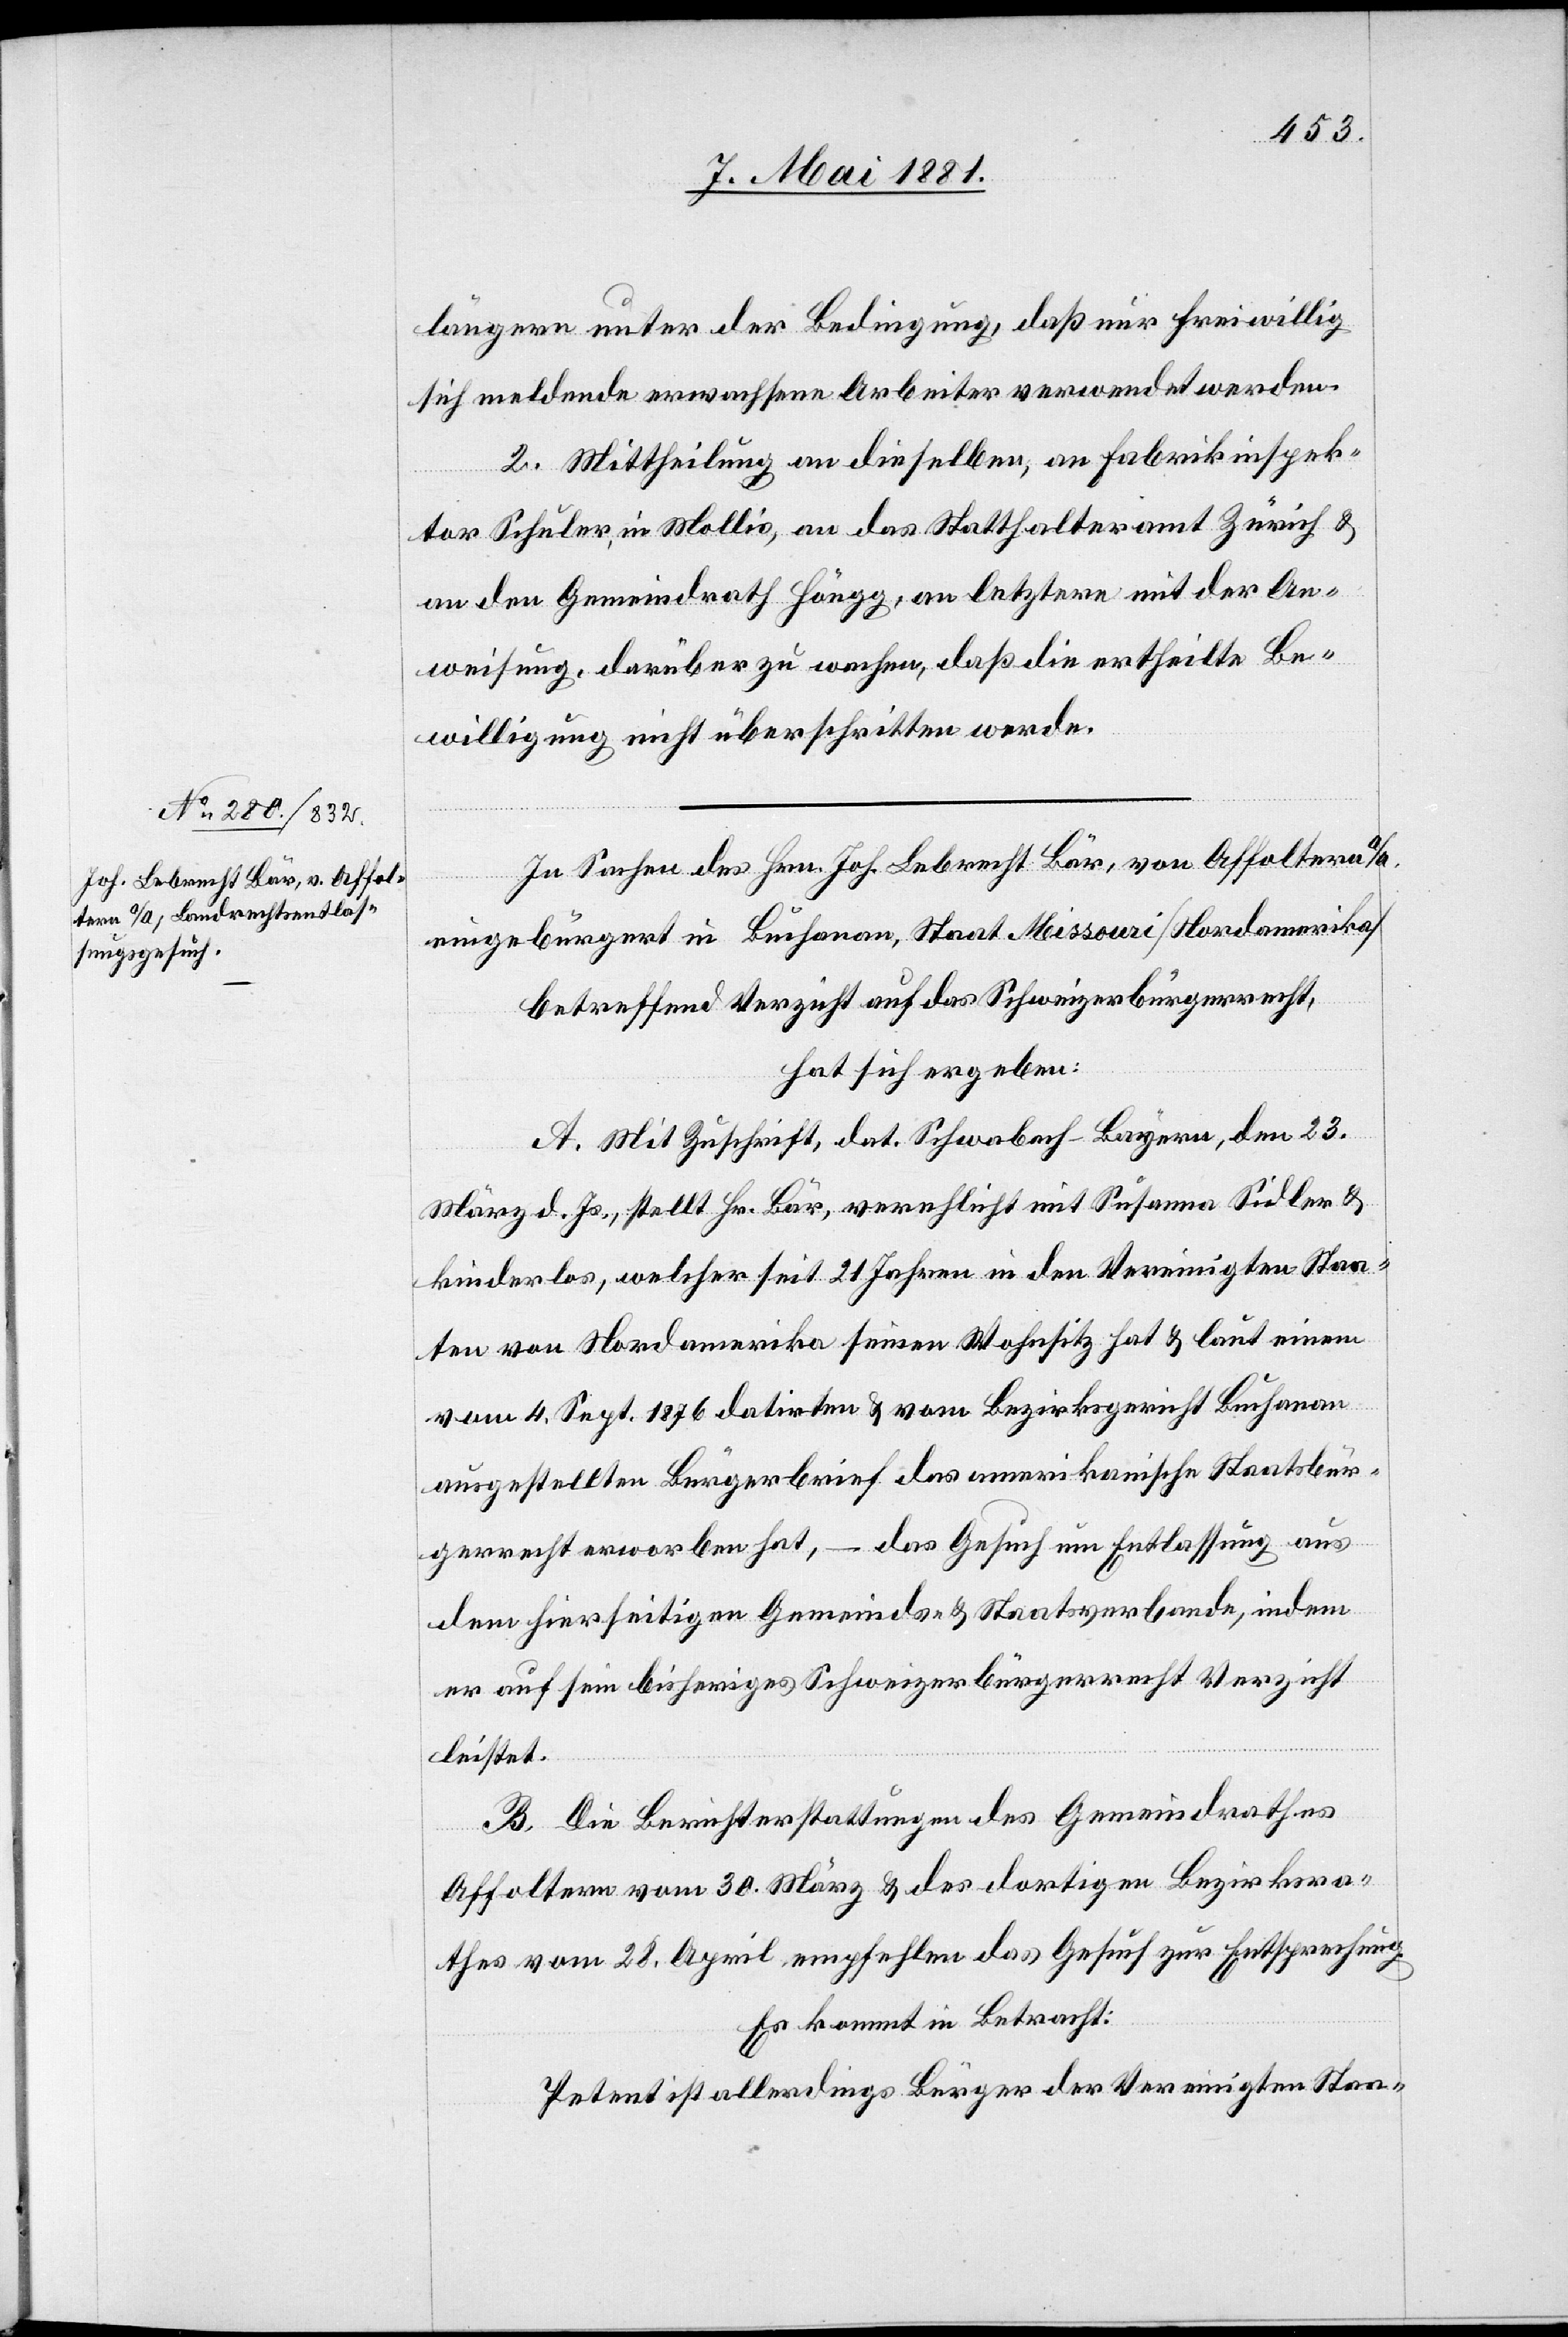
längern unter der Bedingung, daß nur freiwillig
sich meldende erwachsene Arbeiter verwendet werden.
2. Mittheilung an dieselben, an Fabrikinspek¬
tor Schuler, in Mollis, an das Statthalteramt Zürich &
an den Gemeindrath Höngg, an letztern mit der An¬
weisung, darüber zu wachen, daß die ertheilte Be¬
willigung nicht überschritten werde.
In Sachen des Hrn. Joh. Lebrecht Bär, von Affoltern a/A.
eingebürgert in Buchanan, Staat Missouri [Nordamerika]
betreffend Verzicht auf das Schweizerbürgerrecht,
hat sich ergeben:
A. Mit Zuschrift, dat. Schwabach - Bayern, den 23.
März d. Js., stellt Hr. Bär, verehlicht mit Susanna Sidler &
kinderlos, welcher seit 21 Jahren in den Vereinigten Staa¬
ten von Nordamerika seinen Wohnsitz hat & laut einem
vom 4. Sept. 1876 datirten & vom Bezirksgericht Buchanan
ausgestellten Bürgerbrief das amerikanische Staatsbür¬
gerrecht erworben hat, – das Gesuch um Entlassung aus
dem hierseitigen Gemeinds- & Staatsverbunde, indem
er auf sein bisheriges Schweizerbürgerrecht Verzicht
leistet.
B. Die Berichterstattung des Gemeindrathes
Affoltern vom 30. März & des dortigen Bezirksra¬
thes vom 28. April empfehlen das Gesuch zur Entsprechung.
Es kommt in Betracht:
Petent ist allerdings Bürger der Vereinigten Staa-